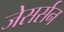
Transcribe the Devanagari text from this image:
जेसर्सन